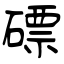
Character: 磦